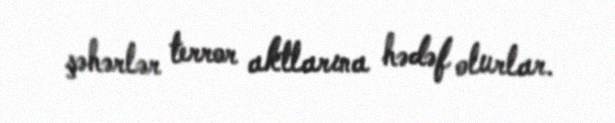
şəhərlər terror aktlarına hədəf olurlar.